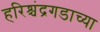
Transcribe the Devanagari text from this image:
हरिश्चंद्रगडाच्या